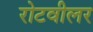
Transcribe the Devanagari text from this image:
रोटवीलर